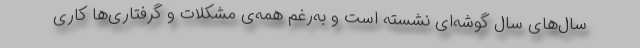
سال‌های سال گوشه‌ای نشسته است و به‌رغم همه‌ی مشکلات و گرفتاری‌ها کاری